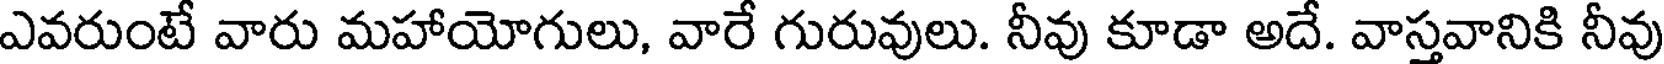
ఎవరుంటే వారు మహాయోగులు, వారే గురువులు. నీవు కూడా అదే. వాస్తవానికి నీవు